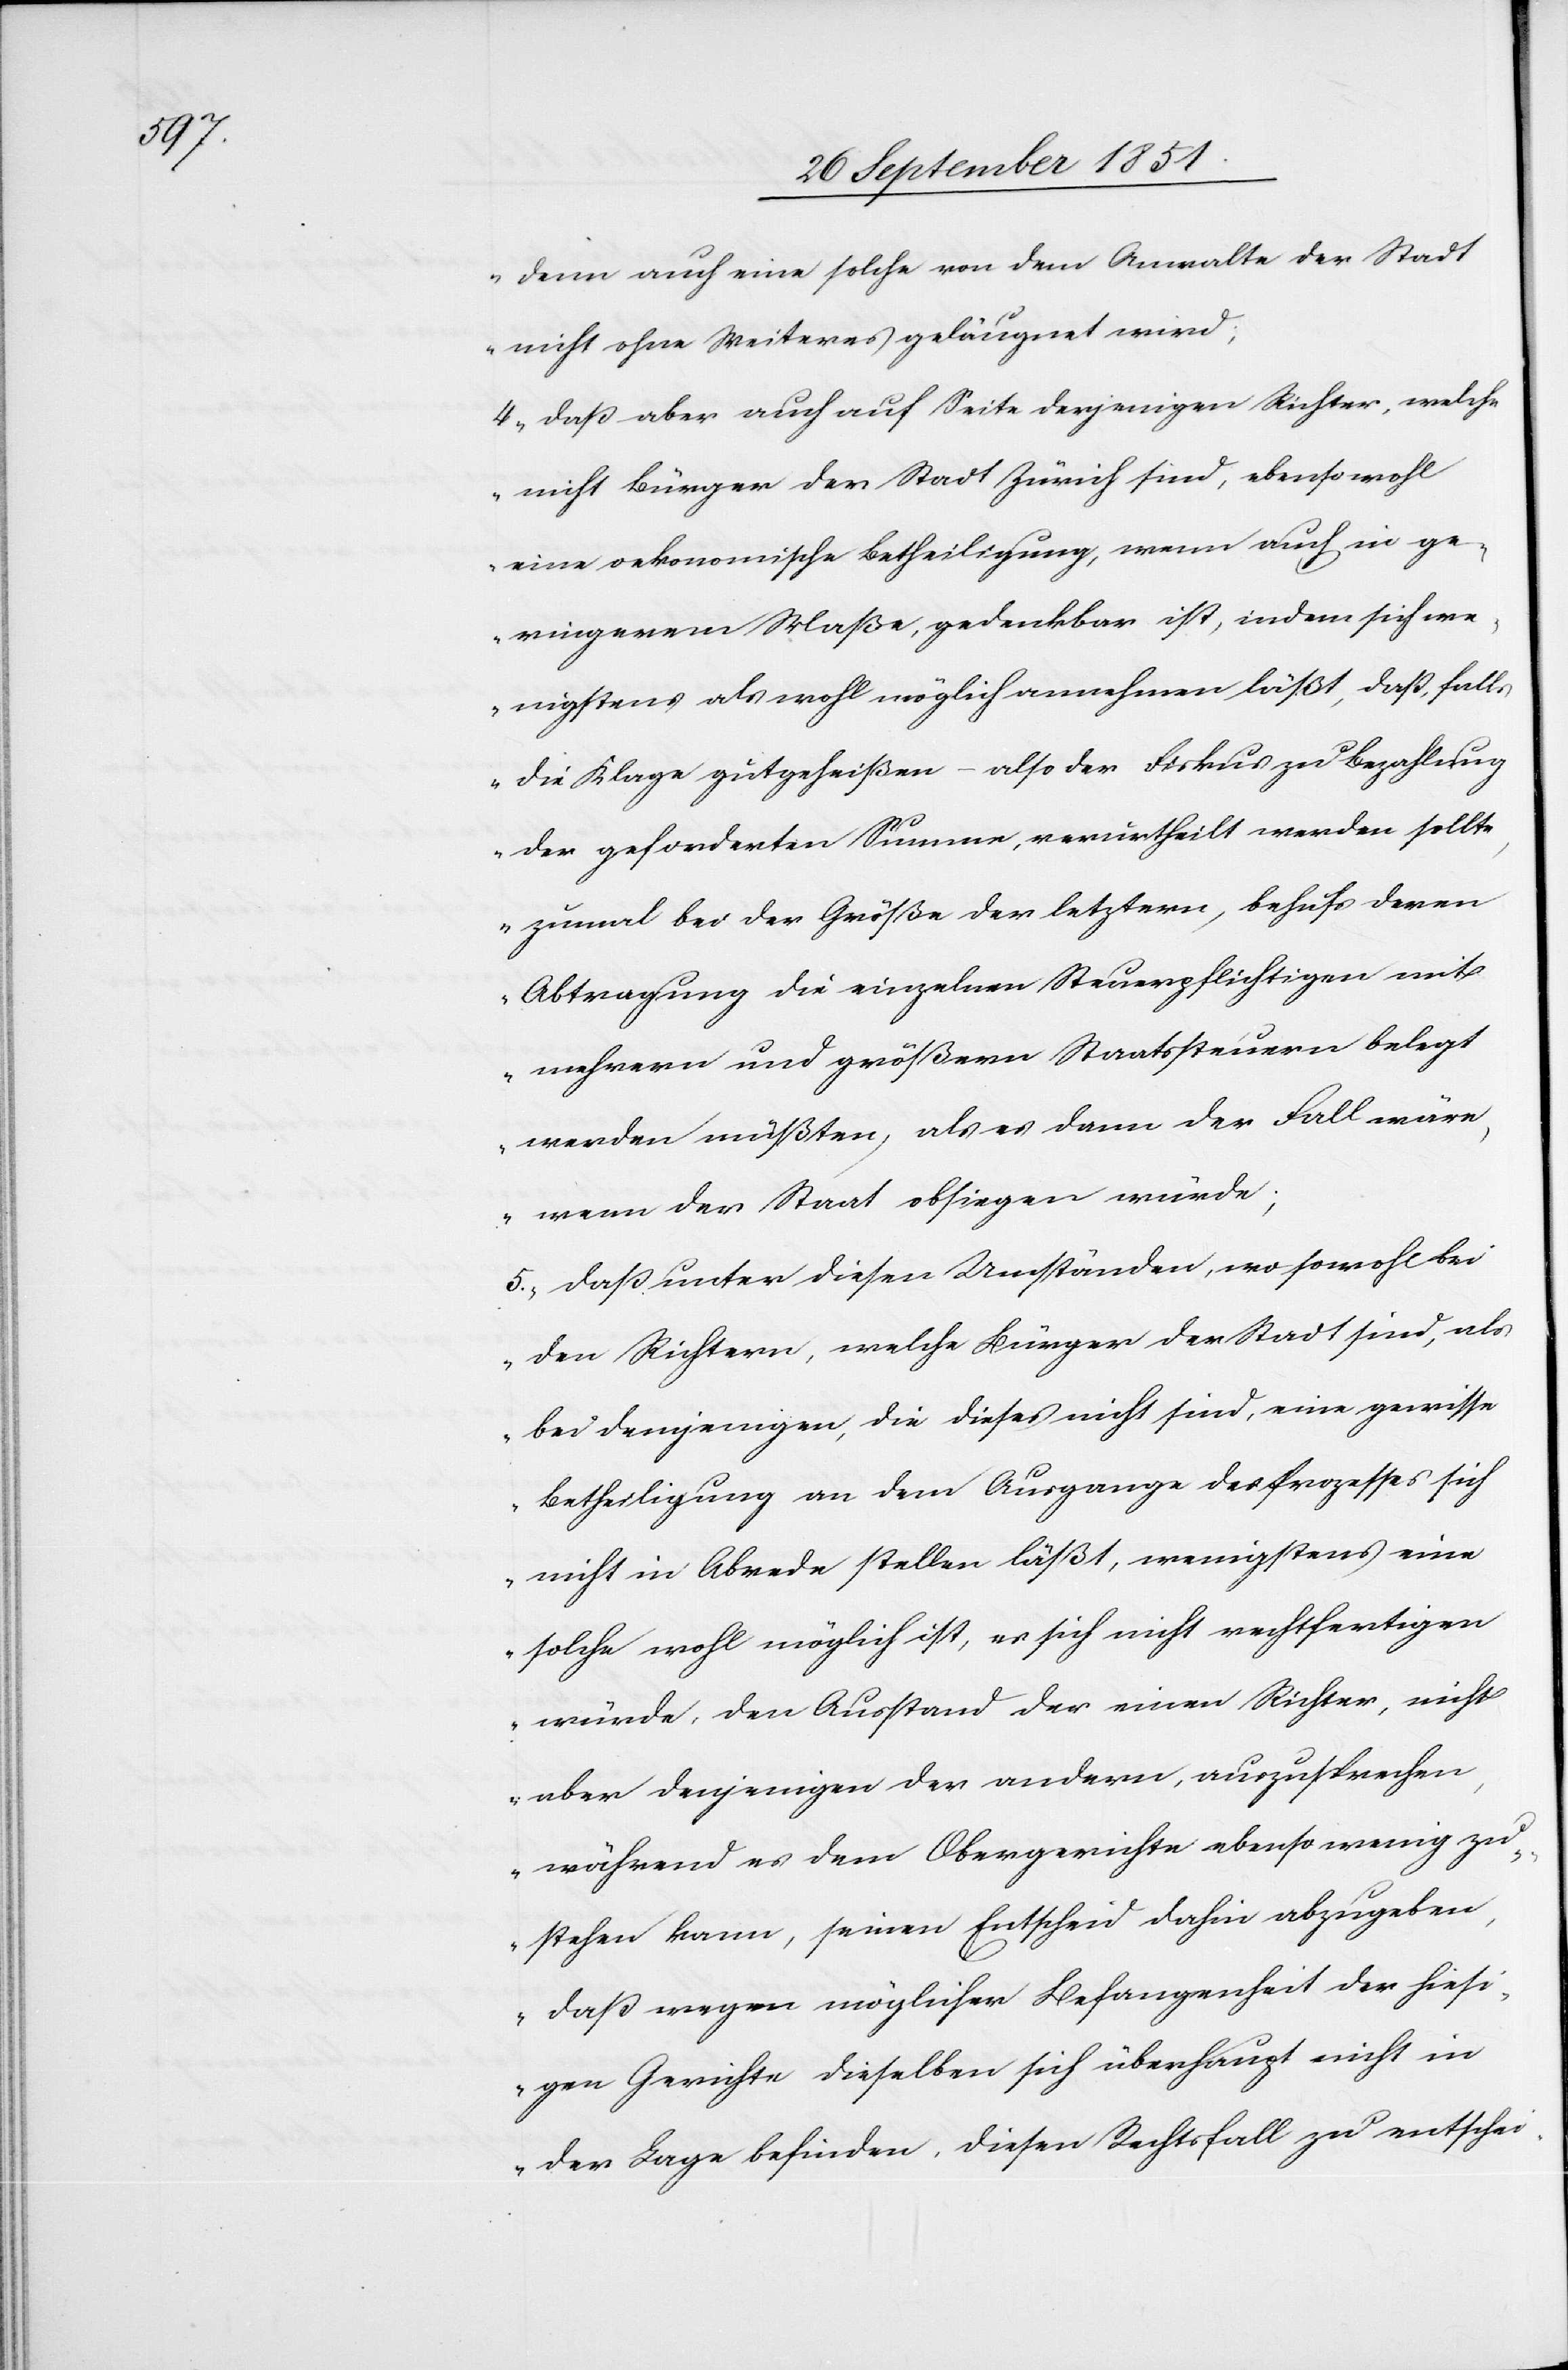
denn auch eine solche von dem Anwalte der Stadt
nicht ohne Weiteres geläugnet wird;
4. daß aber auch auf Seite derjenigen Richter, welche
nicht Bürger der Stadt Zürich sind, ebenso wohl
eine oekonomische Betheiligung, wenn auch in ge¬
ringerem Maße, gedenkbar ist, indem sich we¬
nigstens als wohl möglich annehmen läßt, daß, falls
die Klage gutgeheißen – also der Fiskus zu Bezahlung
der geforderten Summe, verurtheilt werden sollte,
zumal bei der Größe der letztern, behufs deren
Abtragung die einzelnen Steuerpflichtigen mit
mehrern und größern Staatssteuern belegt
werden müßten, als es dann der Fall wäre,
wenn der Staat obsiegen würde;
5. daß unter diesen Umständen, wo sowohl bei
den Richtern, welche Bürger der Stadt sind, als
bei demjenigen [sic!], die dieses nicht sind, eine gewisse
Betheiligung an dem Ausgange des Prozesses sich
nicht in Abrede stellen läßt, wenigstens eine
solche wohl möglich ist, es sich nicht rechtfertigen
würde, den Ausstand der einen Richter, nicht
aber denjenigen der andern, auszusprechen,
während es dem Obergerichte ebenso wenig zu¬
stehen kann, seinen Entscheid dahin abzugeben,
daß wegen möglicher Befangenheit der hiesi¬
gen Gerichte dieselben sich überhaupt nicht in
der Lage befinden, diesen Rechtsfall zu entschei-